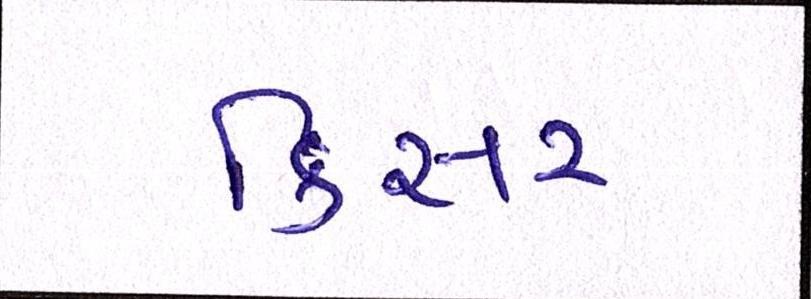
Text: કિસર